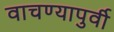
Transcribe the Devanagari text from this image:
वाचण्यापुर्वी